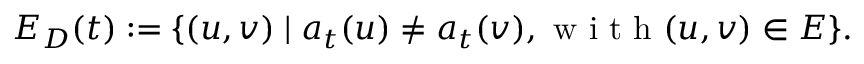
E _ { D } ( t ) : = \{ ( u , v ) \mid a _ { t } ( u ) \neq a _ { t } ( v ) , \mathrm { ~ w ~ i ~ t ~ h ~ } ( u , v ) \in E \} .